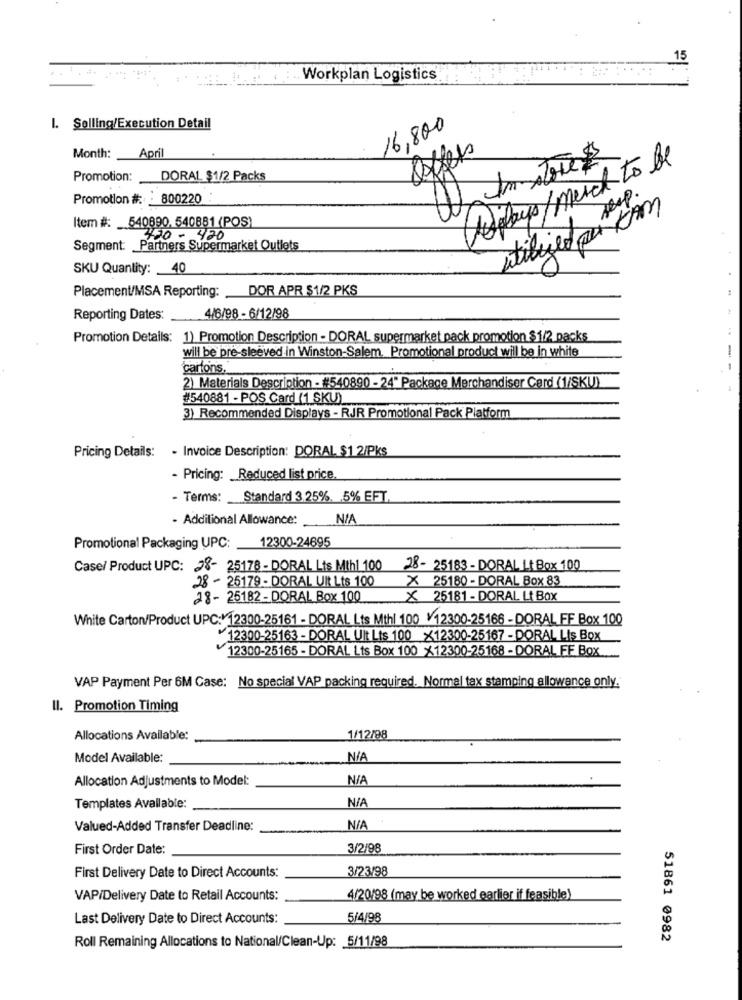
15
Workplan Logistics
1. Selling/Execution Detail
16,800
Month:
April
A plus / much to be
Promotion: DORAL $1/2 Packs
Promotion #: : 800220
Item #: 540890, 540881 (POS)
450 - 420
Segment: Partners Supermarket Outlets
SKU Quantity: 40
Placement/MSA Reporting:
DOR APR $1/2 PKS
Reporting Dates:
4/6/98 - 6/12/98
Promotion Details: 1) Promotion Description - DORAL supermarket pack promotion $1/2 packs
will be pre-sleeved in Winston-Salem. Promotional product will be in white
cartons.
2) Materials Description - #540890 - 24" Package Merchandiser Card (1/SKU)
#540881 - POS Card (1 SKU)
3) Recommended Displays - RJR Promotional Pack Platform
Pricing Details: - Invoice Description: DORAL $1 2/Pks
- Pricing: Reduced list price
- Terms: Standard 3.25%. 5% EFT
- Additional Allowance:
Promotional Packaging UPC: 12300-24695
Case/ Product UPC: 28- 25178- DORAL Lts Mth 100
28- 25183 - DORAL Lt Box 100
28 - 25179 - DORAL Ult Lts 100
X 25180 - DORAL Box 83
28- 25182 - DORAL Box 100
X 25181 - DORAL Lt Box
White Carton/Product UPC: 12300-25161 - DORAL Lts Mthl 100 12300-25166 - DORAL FF Box 100
12300-25163 - DORAL Ult Lts 100 x12300-25167 - DORAL Lis Box
12300-25165 - DORAL Lts Box 100 X12300-25168 - DORAL FF Box
VAP Payment Per 6M Case: No special VAP packing required. Normal tax stamping allowance only.
Il. Promotion Timing
Allocations Available:
1/12/98
Model Available:
Allocation Adjustments to Model:
Templates Available:
Valued-Added Transfer Deadline:
First Order Date:
3/2/98
3/23/98
First Delivery Date to Direct Accounts:
VAP/Delivery Date to Retail Accounts:
4/20/98 (may be worked earlier if feasible)
Last Delivery Date to Direct Accounts:
5/4/98
51861 0982
Roll Remaining Allocations to National/Clean-Up: 5/11/98